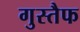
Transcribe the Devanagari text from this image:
गुस्तैफ